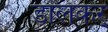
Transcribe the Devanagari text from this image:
डालकर्